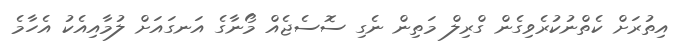
އިތުރަށް ކެތްނުކުރެވިގެން ގްރިލް މަތިން ނެގި ސޮސެޖެއް މޯނާގެ އަނގައަށް ލުމާއިއެކު އެހާމެ